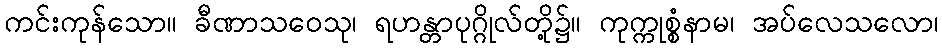
ကင်းကုန်သော။ ခီဏာသဝေသု၊ ရဟန္တာပုဂ္ဂိုလ်တို့၌။ ကုက္ကုစ္စံနာမ၊ အပ်လေသလော၊